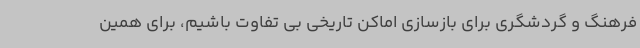
فرهنگ و گردشگری برای بازسازی اماکن تاریخی بی تفاوت باشیم، برای همین